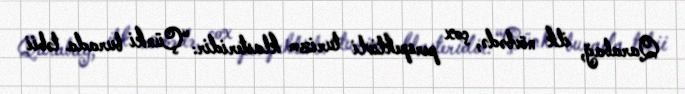
Qarabağ, ilk növbədə, çox perspektivli turizm klasteridir: “Çünki burada təbii